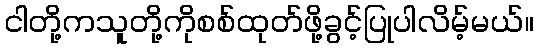
ငါတို့ကသူတို့ကိုစစ်ထုတ်ဖို့ခွင့်ပြုပါလိမ့်မယ်။